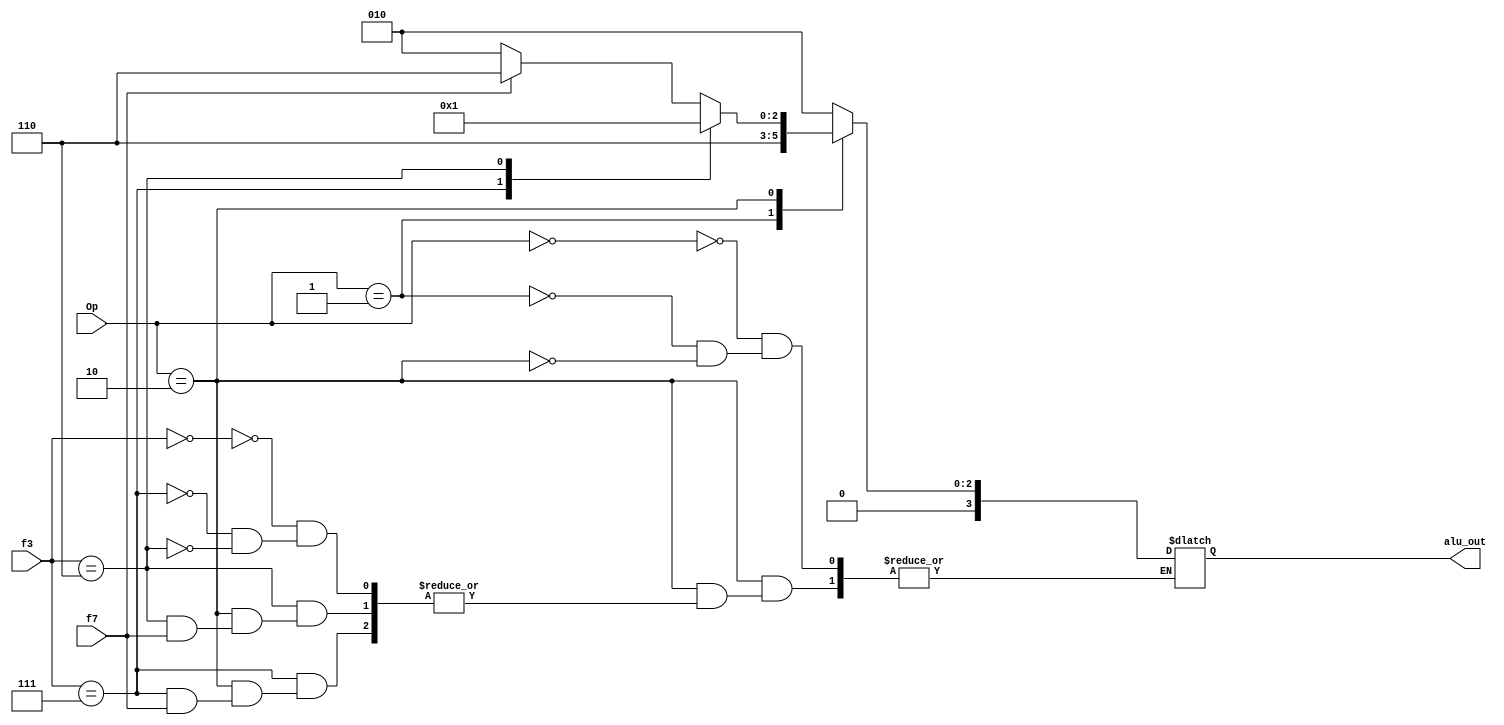
module ALU_control(alu_out,Op,f7,f3);
input [1:0]Op;
input f7;
input [2:0]f3;
output [3:0]alu_out;
reg alu_out;
always @ (*)
begin
	case (Op)
		2'b00: alu_out=4'b0010;
		2'b01: alu_out=4'b0110;
		2'b10: case (f3)
			3'b000: if (f7==0)
				alu_out=4'b0010;
				else if (f7==1)
				alu_out=4'b0110;
			3'b111: if (f7==0)
				alu_out=4'b0000;
			3'b110: if (f7==0)
				alu_out=4'b0001;
			endcase
		
	endcase
end
endmodule